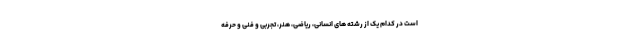
است در کدام یک از رشته های انسانی، ریاضی، هنر، تجربی و فنی و حرفه